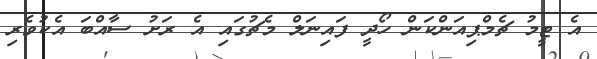
އެ ޓީމު ޗެމްޕިއަންކަން ހޯދީ ފައިނަލް މެޗުގައި އެ ރަށު ސާއްބަ އެކުވެރި